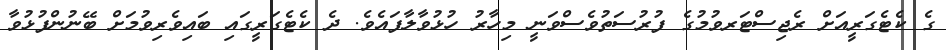
ގެ ކެޓެގަރީއަށް ރެޖިސްޓަރވުމުގެ ފުރުސަތުވެސްވަނީ މިހާރު ހުޅުވާލާފައެވެ. ދެ ކެޓެގަރީގައި ބައިވެރިވުމަށް ބޭނުންފުޅުވާ